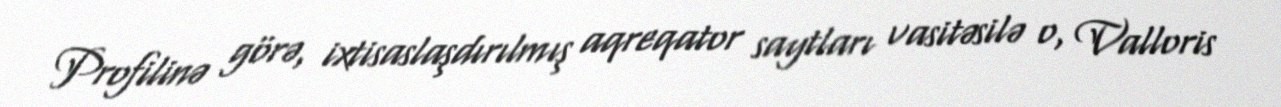
Profilinə görə, ixtisaslaşdırılmış aqreqator saytları vasitəsilə o, Valloris